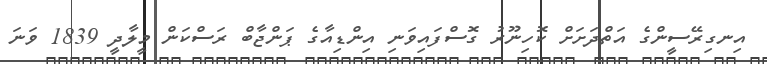
އިނގިރޭސީންގެ އަތްދަށަށް ކޮހިނޫރު ގޮސްފައިވަނި އިންޑިއާގެ ޕަންޖާބް ރަސްކަން މީލާދީ 1839 ވަނަ